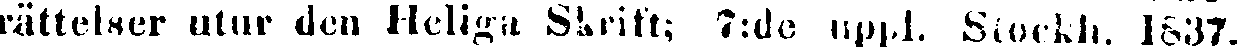
rättelser utur den Heliga Skrift; 7:de uppl. Stockh. 1837.